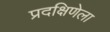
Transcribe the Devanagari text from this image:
प्रदक्षिणेला